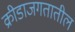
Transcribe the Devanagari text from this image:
क्रीडाजगतातील